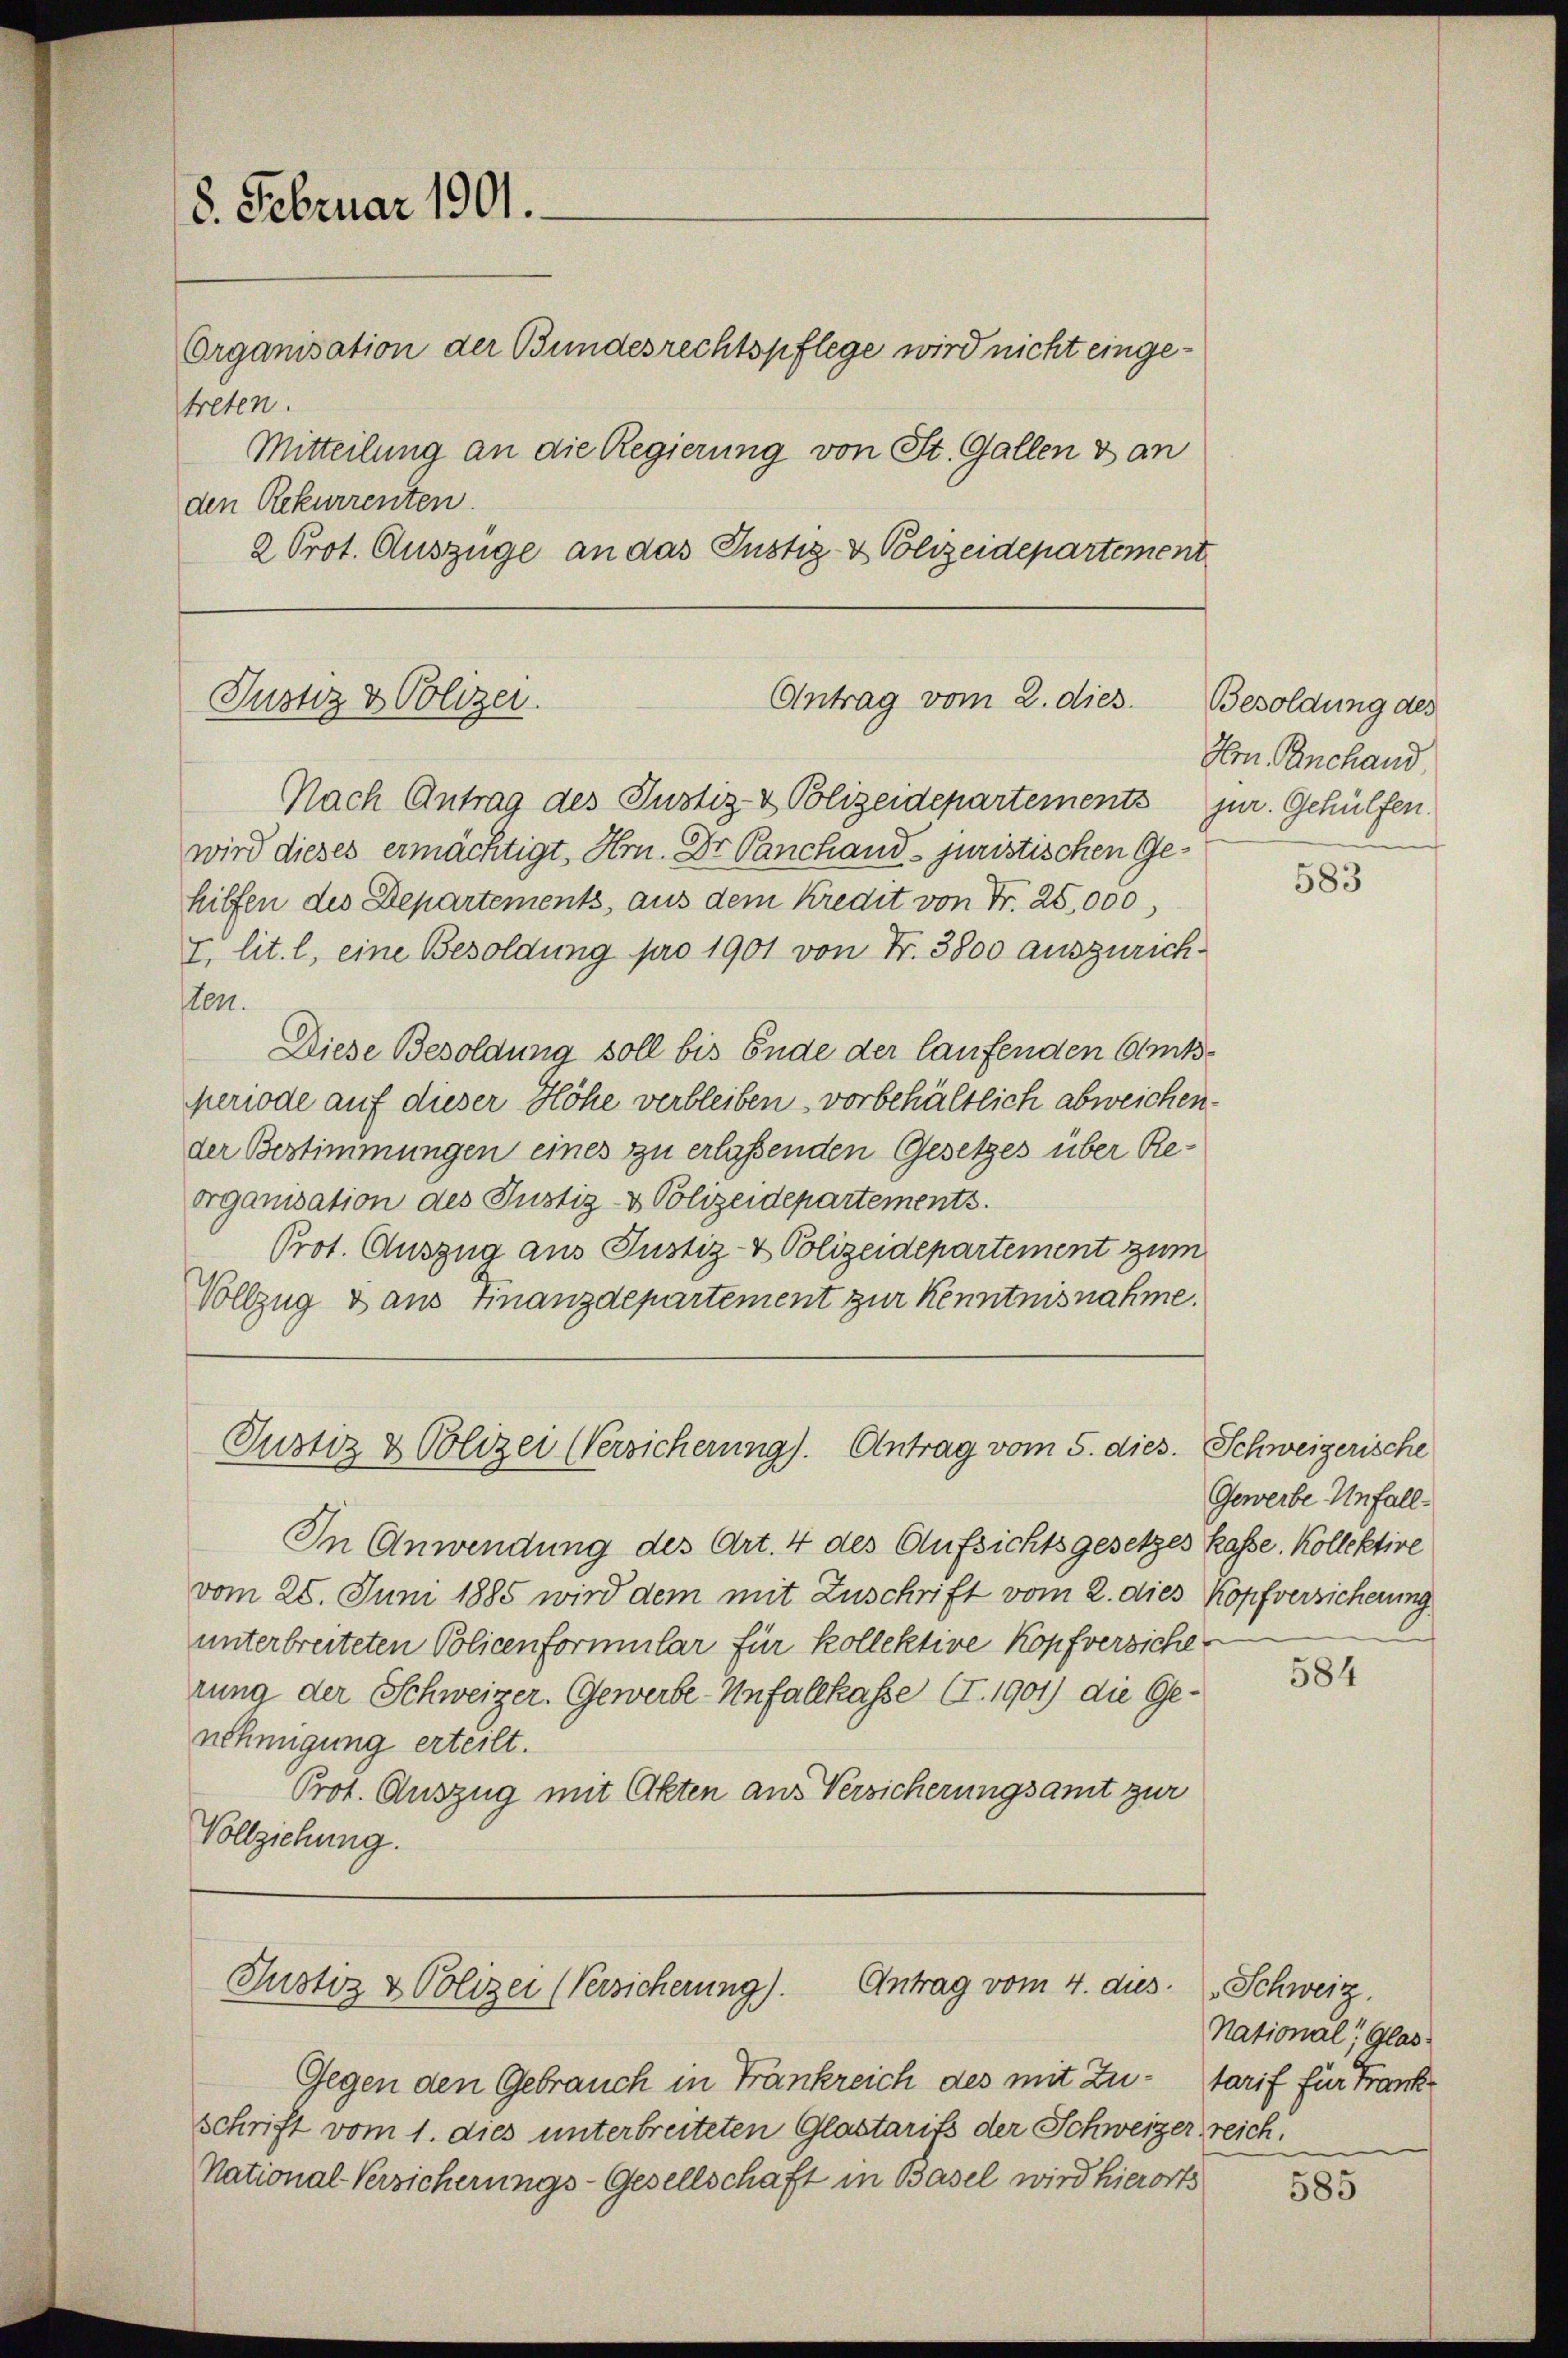
den Rekurrenten.
2 Prot. Auszüge an das Justiz- & Polizeidepartement

8. Februar 1901.
Organisation der Bundesrechtspflege wird nicht eingetreten.
Mitteilung an die Regierung von St. Gallen & an

Nach Antrag des Justiz- & Polizeidepartements jur. Gehülfen.
wird dieses ermächtigt, Hrn. Dr Panchand. juristischen Gehilfen des Departements, aus dem Kredit von Fr. 25,000,
v. lit. l. eine Besoldung pro 1901 von Fr. 3800 auszurichsten.
Diese Besoldung soll bis Ende der laufenden Amtsperiode auf dieser Höhe verbleiben, vorbehältlich abweichender Bestimmungen eines zu erlassenden Gesetzes über Reorganisation des Justiz- & Polizeidepartements.
Prot. Auszug aus Justiz- & Polizeidepartement zum
Vollzug & aus Finanzdepartement zur Kenntnisnahme.

Antrag vom 2. dies.
Justiz & Polizer.

Justiz & Polizei (Versicherung). Antrag vom 5. dies. Schweizerische

In Anwendung des Art. 4 des Aufsichtsgesetzes Kasse. Kollektive
vom 25. Juni 1885 wird dem mit Zuschrift vom 2. dies Kopfversicherung
unterbreiteten Policenformular für kollektive Kopfversiche
rung der Schweizer. Gewerbe-Unfallkasse (I. 1901) die Genehmigung erteilt.
Prot. Auszug mit Akten aus Versicherungsamt zur
Vollziehung.

Antrag vom 4. dies
Justiz & Polizei (Versicherung).

Gegen den Gebrauch in Tränkreich des mit Zuschrift vom 1. dies unterbreiteten Glastarifs der Schweizer reich!
National-Versicherungs-Gesellschaft in Basel wird hierorts

Besoldung des
Hrn. Panchand

583

Gewerbe Unfall

584

" Schweiz.
National. Glastarif für Frank

585